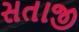
સતાજી